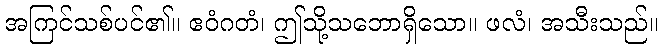
အကြင်သစ်ပင်၏။ ဧဝံဂတံ၊ ဤသို့သဘောရှိသော။ ဖလံ၊ အသီးသည်။